Second report of the anti-malarial operations at Mian Mir, 1901-1903 - Number 9
Year: 1901
Disease focus: Malaria
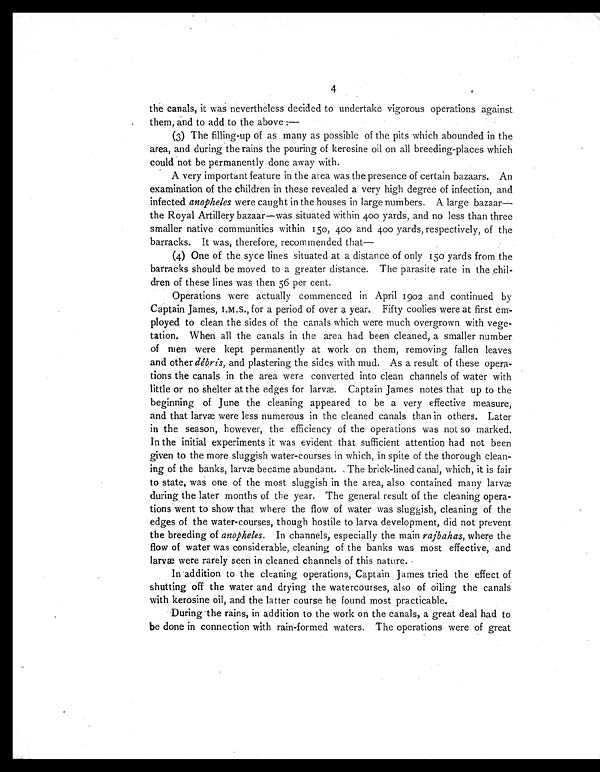
4
the canals, it was nevertheless decided to undertake vigorous operations against
them, and to add to the above :
—
(3) The filling-up of as many as possible of the pits which abounded in the
area, and during the rains the pouring of kerosine oil on all breeding-places which
could not be permanently done away with.
A very important feature in the area was the presence of certain bazaars. An
examination of the children in these revealed a very high degree of infection, and
infected anopheles were caught in the houses in large numbers. A large bazaar—
the Royal Artillery bazaar—was situated within 400 yards, and no less than three
smaller native communities within 150, 400 and 400 yards, respectively, of the
barracks. It was, therefore, recommended that—
(4) One of the syce lines situated at a distance of only 150 yards from the
barracks should be moved to a greater distance. The parasite rate in the chil-
dren of these lines was then 56 per cent.
Operations were actually commenced in April 1902 and continued by
Captain James, I.M.S., for a period of over a year. Fifty coolies were at first em-
ployed to clean the sides of the canals which were much overgrown with vege-
tation. When all the canals in the area had been cleaned, a smaller number
of men were kept permanently at work on them, removing fallen leaves
and other débris, and plastering the sides with mud. As a result of these opera-
tions the canals in the area were converted into clean channels of water with
little or no shelter at the edges for larvæ. Captain James notes that up to the
beginning of June the cleaning appeared to be a very effective measure,
and that larvæ. were less numerous in the cleaned canals than in others. Later
in the season, however, the efficiency of the operations was not so marked.
In the initial experiments it was evident that sufficient attention had not been
given to the more sluggish water-courses in which, in spite of the thorough clean-
ing of the banks, larvæ became abundant. . The brick-lined canal, which, it is fair
to state, was one of the most sluggish in the area, also contained many larvæ
during the later months of the year. The general result of the cleaning opera-
tions went to show that where the flow of water was sluggish, cleaning of the
edges of the water-courses, though hostile to larva development, did not prevent
the breeding of anopheles. In channels, especially the main rajbahas, where the
flow of water was considerable, cleaning of the banks was most effective, and
larvæ were rarely seen in cleaned channels of this nature.
In addition to the cleaning operations, Captain James tried the effect of
shutting off the water and drying the watercourses, also of oiling the canals
with kerosine oil, and the latter course he found most practicable.
During the rains, in addition to the work on the canals, a great deal had to
be done in connection with rain-formed waters. The operations were of great